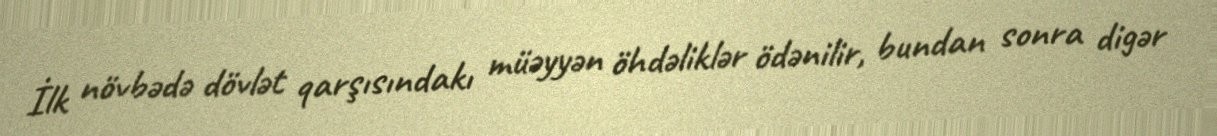
İlk növbədə dövlət qarşısındakı müəyyən öhdəliklər ödənilir, bundan sonra digər